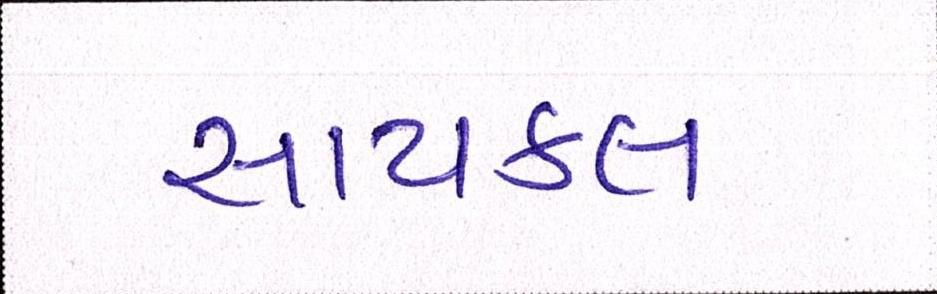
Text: સાયકલ